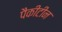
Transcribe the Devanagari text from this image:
पैकीटीन